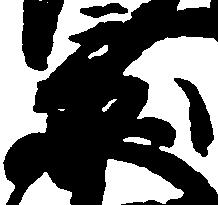
景